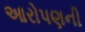
આરોપણની